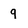
Character: q